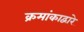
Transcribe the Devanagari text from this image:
क्रमांकाद्वारे